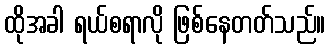
ထိုအခါ ရယ်စရာလို ဖြစ်နေတတ်သည်။